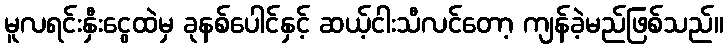
မူလရင်းနှီးငွေထဲမှ ခုနစ်ပေါင်နှင့် ဆယ့်ငါးသီလင်တော့ ကျန်ခဲ့မည်ဖြစ်သည်။